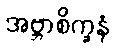
အဗ္ဘာစိက္ခနံ